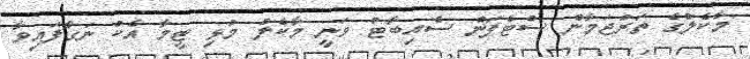
މާކެލްގެ ތަރުޖަމާން ސްޓެފަން ސެއިބާޓް ވަނީ މާކެލް މުޅި ޓީމާ އެކު ނަގާފައިވާ